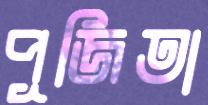
পূজিতা